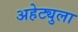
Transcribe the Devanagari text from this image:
अहेट्युला